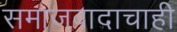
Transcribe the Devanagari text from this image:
समाजवादाचाही